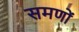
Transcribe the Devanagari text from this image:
समणों